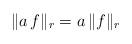
LaTeX: \begin{align*} \|a \, f\|_r = a \, \|f\|_r\end{align*}